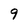
Character: 9